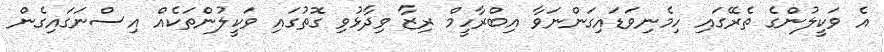
އެ ވަކީލުންގެ ތެރޭގައި ހިމެނިވަޑައިގަންނަވާ އިބްރާހީމް ރިޒާ ވިދާޅުވި ގޮތުގައި ވަކީލުންތަކެއް އިސްނަގައިގެން